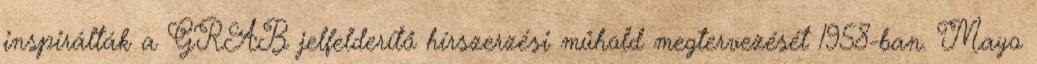
inspirálták a GRAB jelfelderítő hírszerzési műhold megtervezését 1958-ban. Mayo